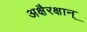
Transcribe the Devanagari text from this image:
अक्षैरक्षान्